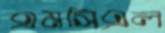
এমসিএল